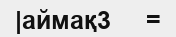
|аймақ3     =